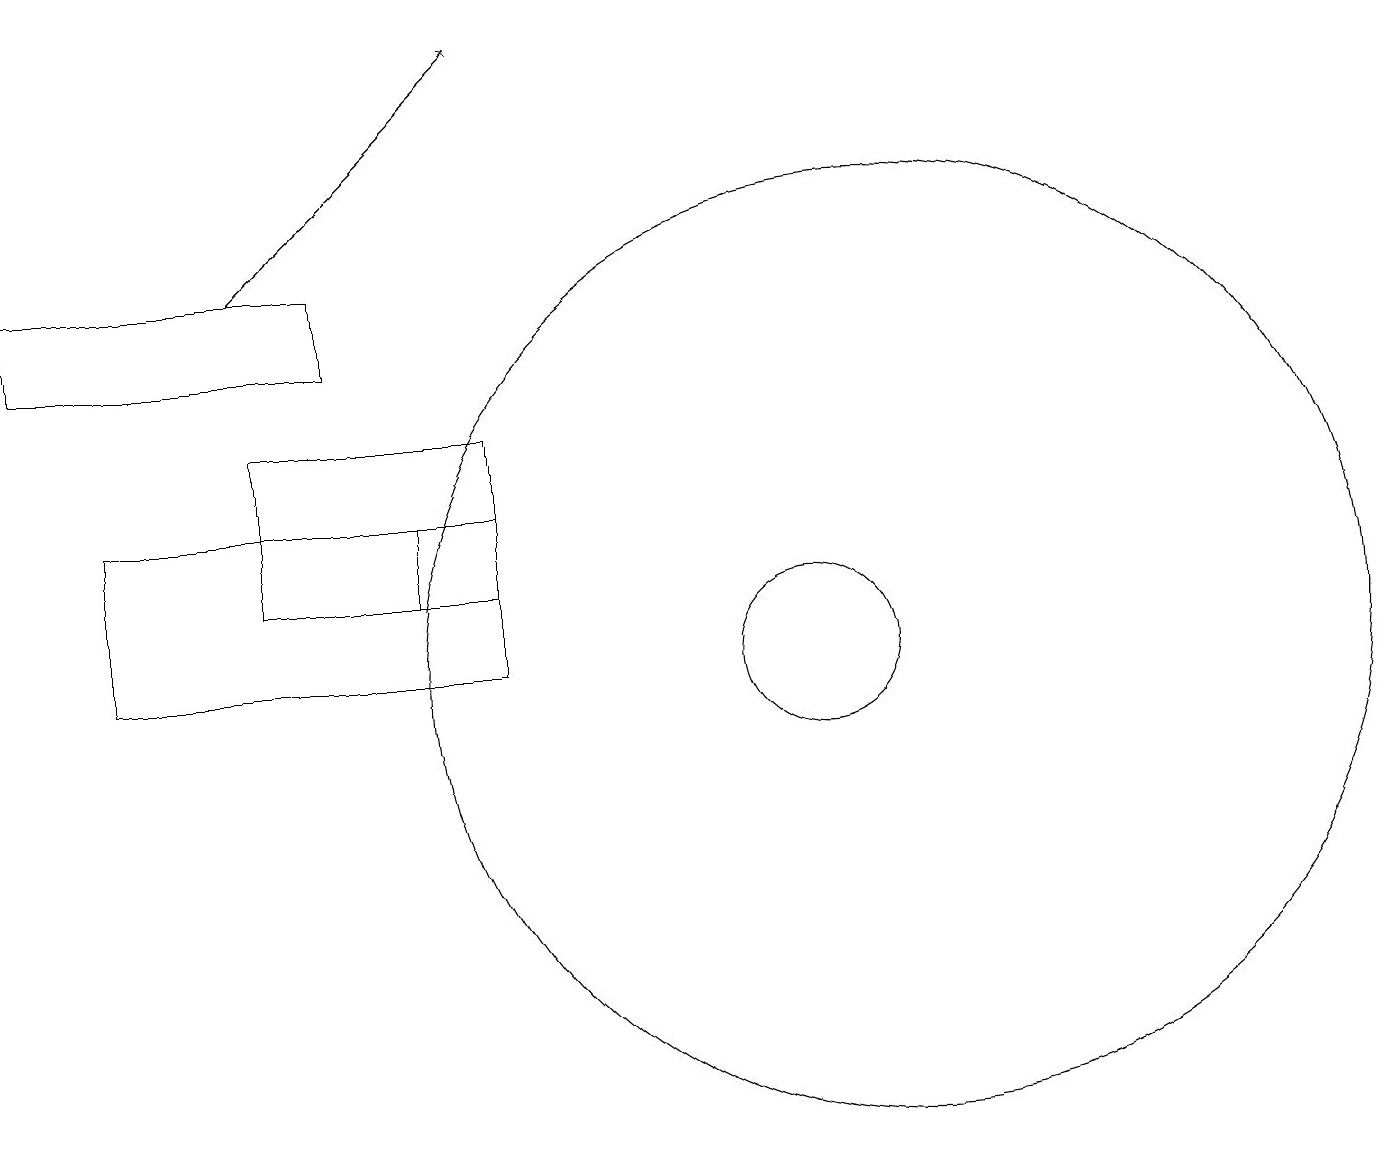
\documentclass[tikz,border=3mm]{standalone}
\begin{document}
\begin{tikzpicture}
\draw (5,12) rectangle (3,11);
\draw (6,11) rectangle (3,13);
\draw (6,12) rectangle (1,10);
\draw (4,15) rectangle (0,14);
\draw[->] (3,15) -- (6,18);
\draw (11,10) circle (6);
\draw (10,10) circle (1);
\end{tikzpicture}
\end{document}